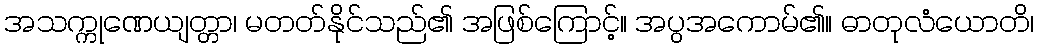
အသက္ကုဏေယျတ္တာ၊ မတတ်နိုင်သည်၏ အဖြစ်ကြောင့်။ အပွအကောမ်၏။ ဓာတုလံယောတိ၊